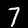
Digit: 7